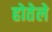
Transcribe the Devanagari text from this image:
होतेले